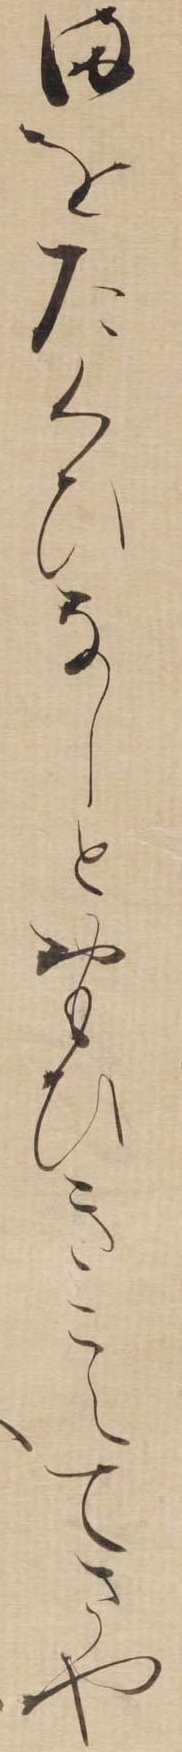
まをたくひなしとおもひきこえてさや